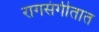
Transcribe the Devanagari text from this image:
रागसंगीतात